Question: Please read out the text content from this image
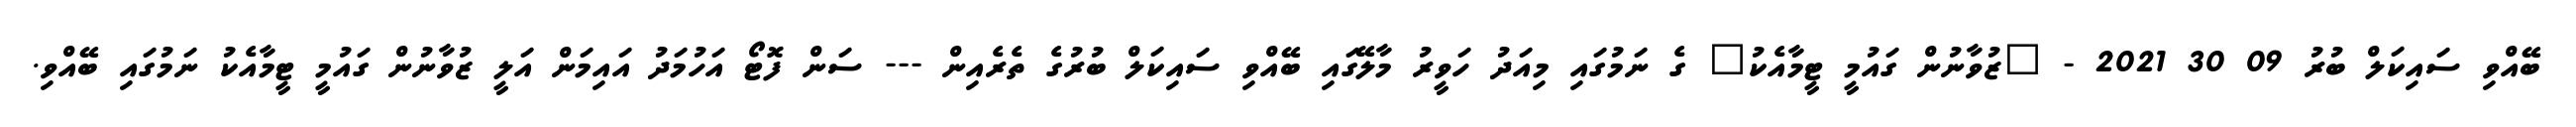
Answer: ބޭއްވި ސައިކަލް ބުރު 09 30 2021 - "ޒުވާނުން ގައުމީ ޓީމާއެކު" ގެ ނަމުގައި މިއަދު ހަވީރު މާލޭގައި ބޭއްވި ސައިކަލް ބުރުގެ ތެރެއިން --- ސަން ފޮޓޯ އަހުމަދު އައިމަން އަލީ ޒުވާނުން ގައުމީ ޓީމާއެކު ނަމުގައި ބޭއްވި.